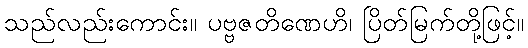
သည်လည်းကောင်း။ ပဗ္ဗဇတိဏေဟိ၊ ပြိတ်မြက်တို့ဖြင့်။